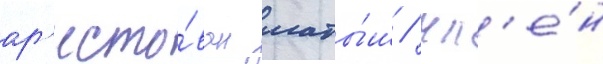
ар'есто́ван латы́ш / чл'е́н